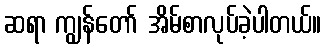
ဆရာ ကျွန်တော် အိမ်စာလုပ်ခဲ့ပါတယ်။